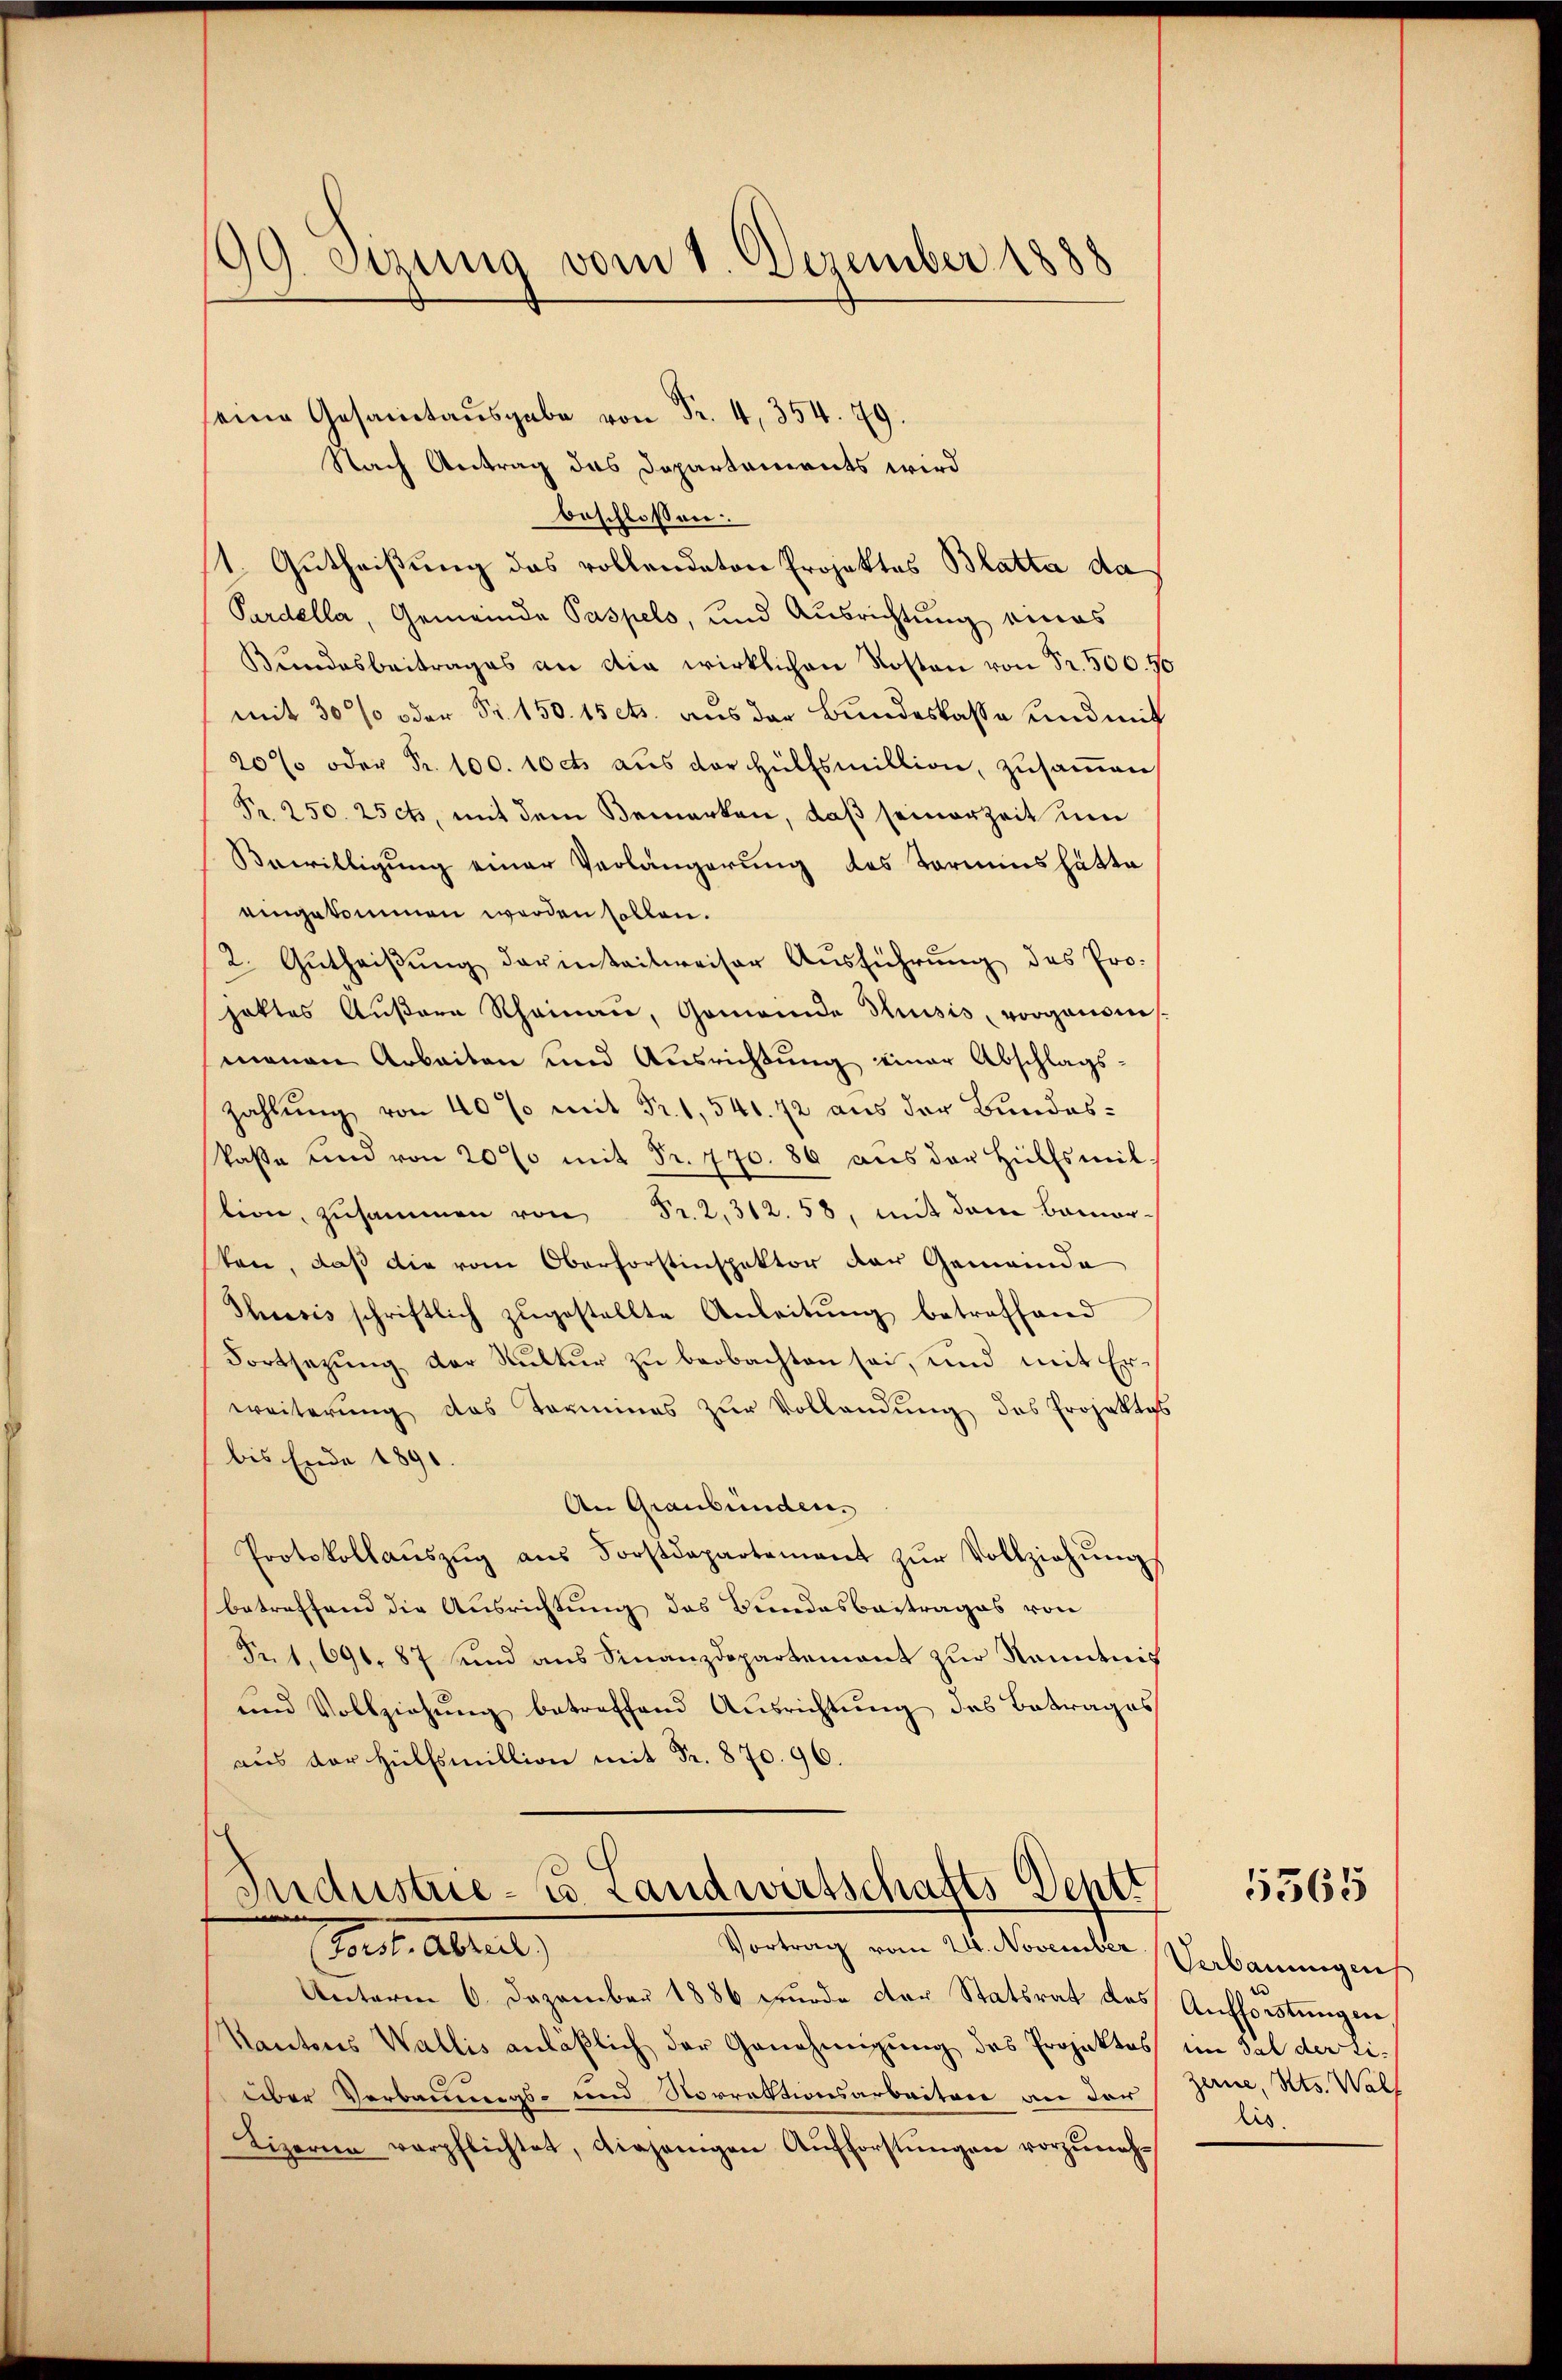
99. Sitzung vom 1. Dezember 1888

.
Nach Antrag das Departements wird
beschlossen:
1. Gutheißung das rollendaton Projektes Blatta da
Pardella, Gemeinde Paspels, und Ausrichtung eines
Bundesbeitrages an die wirklichen Kosten von Fr. 500. 56
mit 30% oder Fr. 150. 15 cts. aus der Bundeskasse und mit
20% oder Fr. 100. 10 cts. aus der Hülfsmillion, zusammen
Pr. 250. 25cts, mit dem Bemerken, daß seinerzeit um
Bewilligung einer Verlängerung des Termins hätte
eingekommen werden sollen.
2. Gŭtheiβŭng darinteilweiser Ausführung des Pro-
hattes Außern Rheinau, Gemeinde Thusis vorganonismanen Arbeiten und Ausrichtŭng einer Abschlags-
Zahlung von 40% mit Fr. 1, 541. 72 aus der Bundeskase und von 20% mit Fr. 770. 86 aŭs der Hülfsmit
tion, zusammen von Fr. 2, 312. 58, mit dem Bamor-
ten, daß die vom Oberforstinspektor der Gemeinde
Thrasis schriftlich zŭgestellte Anleitŭng betreffend
Fortsezung der Kultur zu beobachten sei, und mit Erweiterung des Termines zŭr Vollandŭng des Projektes
bis Ende 1890.
An Graubünden.
Protokollauszug aus Forstdepartement zur Vollziehungs
betreffend die Ausrichtung des Bundesbeitrages von
Fr. 1, 691. 87 sind aus Finanzdepartement zur Kenntnis
und Vollziehŭng betreffend Ausrichtung des Betrages
aus der Hülfsmillion mit Fr. 870. 96.

Industrie - u. Landwirtschafts Deptt

rect. Albert
Vortrag vom 24. November Verbauungens
Unterm 6. Dezember 1886 wurde der Statsrat des Aufforstung der¬
Kantons Wallis anläßlich der Genehmigung des Projektes im Tal der Tiüber Verbauungs- und Norrektionsarbeitere an der
Lizerne verpflichtet, diejenigen Aŭfforstŭngen vorzŭneh-

5365

zeine, Kts. Walf
lis.